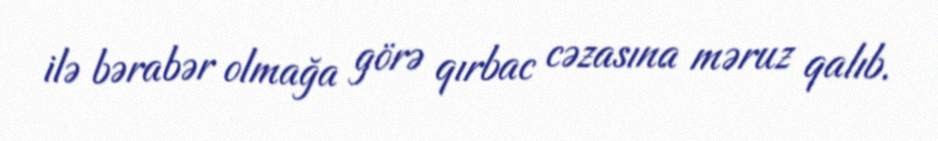
ilə bərabər olmağa görə qırbac cəzasına məruz qalıb.